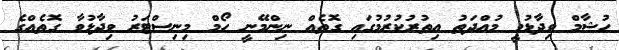
ހުޝާމް ވިދާޅުވީ މުއްދަތު އިތުރުކުރުމުގައި ގޮތެއް ނިންމޭނީ ހޯމް މިނިސްޓަރު ވިދާޅުވާ ގޮތެއްގެ